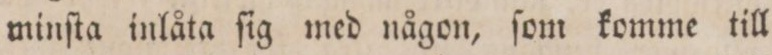
minſta inlåta ſig med någon, ſom komme till